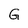
Character: G